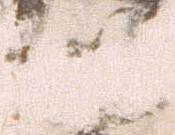
以